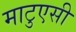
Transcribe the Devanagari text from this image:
माटुएसी